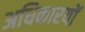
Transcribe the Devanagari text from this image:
अधिकारयों